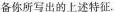
备你所写出的上述特征.